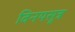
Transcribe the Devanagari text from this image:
विनयसूत्र